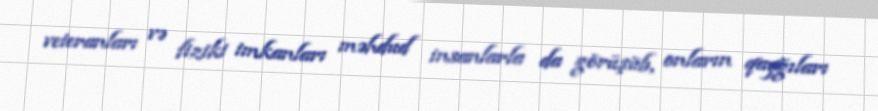
veteranları və fiziki imkanları məhdud insanlarla da görüşüb, onların qayğıları